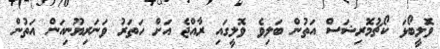
ވޮލީބޯޅަ ކޯޗުމޮރިޝަސް އަތުން ބަލިވެ ވޮލީގައި ރާއްޖެ އަށް ހަތަރު ވަނަރިޔޫނިއަން އަތުން